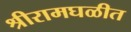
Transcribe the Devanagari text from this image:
श्रीरामघळीत